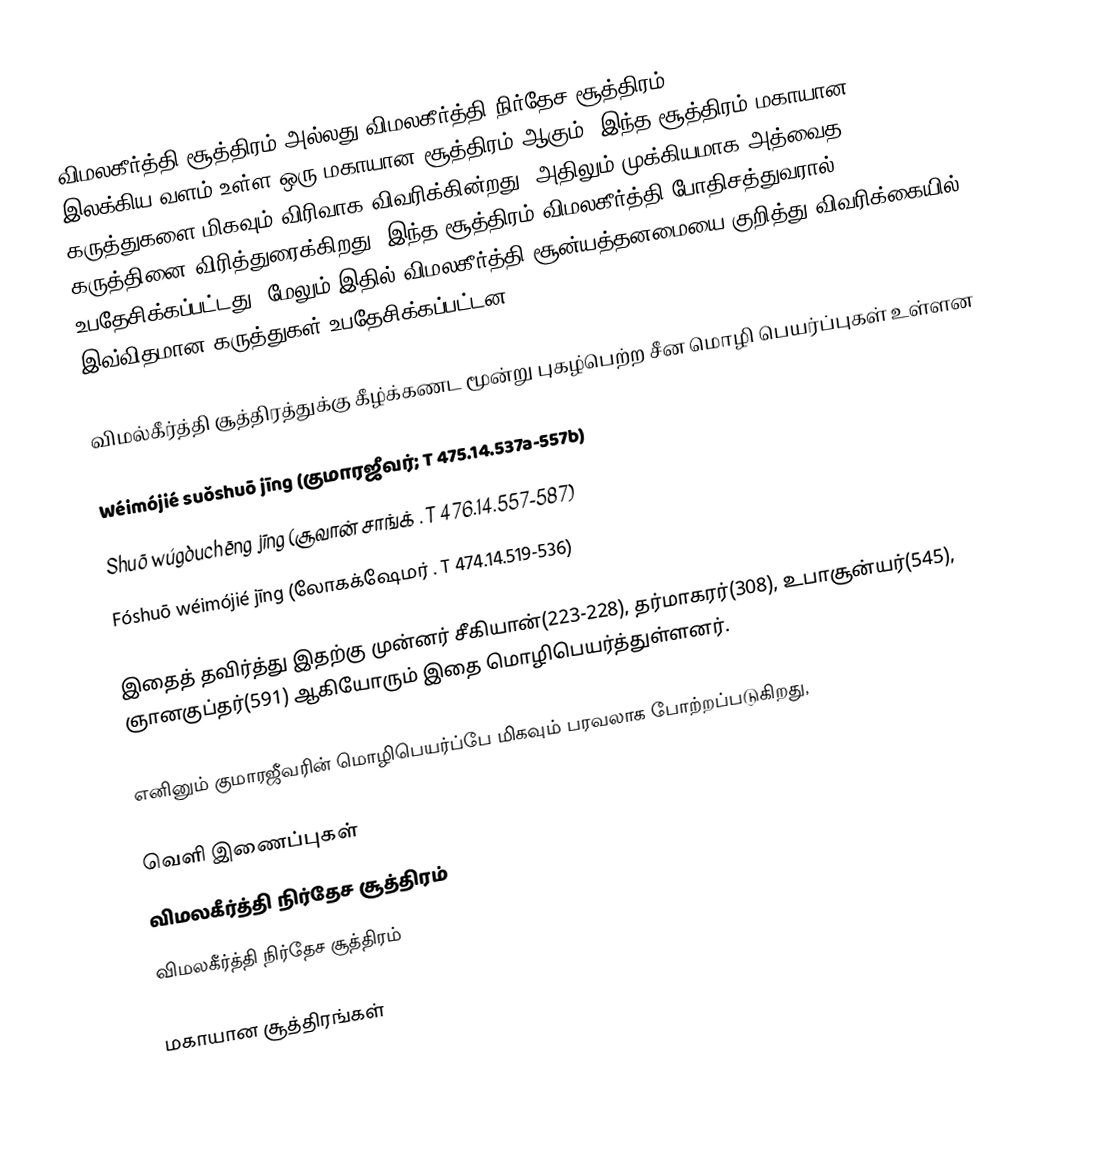
விமலகீர்த்தி சூத்திரம் அல்லது விமலகீர்த்தி நிர்தேச சூத்திரம்(विमलकीर्ति-निर्देश-सूत्र) இலக்கிய வளம் உள்ள ஒரு மகாயான சூத்திரம் ஆகும். இந்த சூத்திரம் மகாயான கருத்துகளை மிகவும் விரிவாக விவரிக்கின்றது. அதிலும் முக்கியமாக அத்வைத கருத்தினை விரித்துரைக்கிறது. இந்த சூத்திரம் விமலகீர்த்தி போதிசத்துவரால் உபதேசிக்கப்பட்டது. மேலும் இதில் விமலகீர்த்தி சூன்யத்தனமையை குறித்து விவரிக்கையில் இவ்விதமான கருத்துகள் உபதேசிக்கப்பட்டன.

விமல்கீர்த்தி சூத்திரத்துக்கு கீழ்க்கணட மூன்று புகழ்பெற்ற சீன மொழி பெயர்ப்புகள் உள்ளன

Wéimójié suǒshuō jīng (குமாரஜீவர்; T 475.14.537a-557b)
Shuō wúgòuchēng jīng (சூவான் சாங்க் . T 476.14.557-587)
Fóshuō wéimójié jīng (லோகக்‌ஷேமர் . T 474.14.519-536)

இதைத் தவிர்த்து இதற்கு முன்னர் சீகியான்(223-228), தர்மாகரர்(308), உபாசூன்யர்(545), ஞானகுப்தர்(591) ஆகியோரும் இதை மொழிபெயர்த்துள்ளனர்.

எனினும் குமாரஜீவரின் மொழிபெயர்ப்பே மிகவும் பரவலாக போற்றப்படுகிறது,

வெளி இணைப்புகள்
விமலகீர்த்தி நிர்தேச சூத்திரம்
விமலகீர்த்தி நிர்தேச சூத்திரம்

மகாயான சூத்திரங்கள்